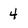
Character: 4